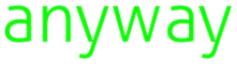
anyway